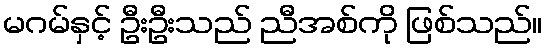
မဂမ်နှင့် ဦးဦးသည် ညီအစ်ကို ဖြစ်သည်။